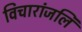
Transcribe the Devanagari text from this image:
विचारांजलि